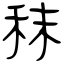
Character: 秣